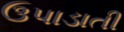
ઉપાડાતી